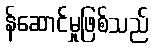
န်ဆောင်မှုဖြစ်သည်